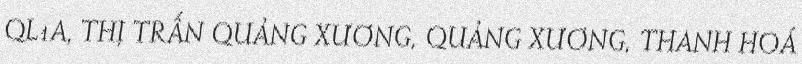
QL1A, THỊ TRẤN QUẢNG XƯƠNG, QUẢNG XƯƠNG, THANH HOÁ